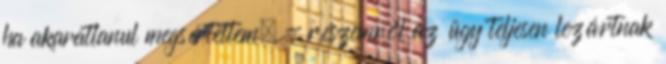
ha akaratlanul megsértettem, - részemről az ügy teljesen lezártnak